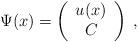
LaTeX: \begin{align*}\Psi (x)=\left(\begin{array}{c}u(x)\\C\end{array}\right)\;,\end{align*}